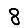
Digit: 8